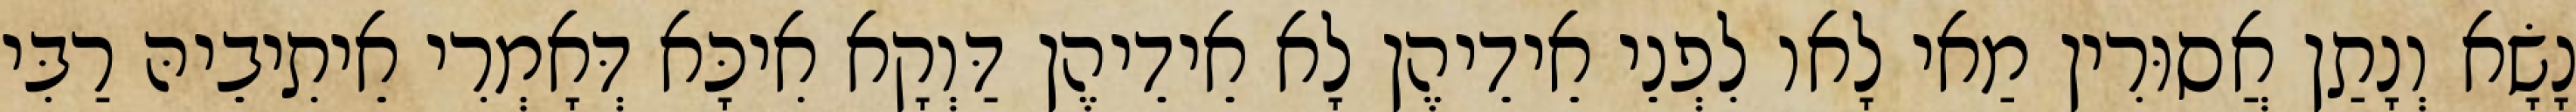
נָשָׂא וְנָתַן אֲסוּרִין מַאי לָאו לִפְנֵי אֵידֵיהֶן לָא אֵידֵיהֶן דַּוְקָא אִיכָּא דְּאָמְרִי אֵיתִיבֵיהּ רַבִּי